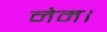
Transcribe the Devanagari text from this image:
नेम।